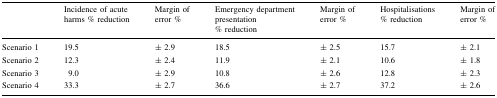
|  | Incidence of acute harms % reduction | Margin of error % | Emergency department presentation % reduction | Margin of error % | Hospitalisations % reduction | Margin of error % |
 | --- | --- | --- | --- | --- | --- | --- |
 | Scenario 1 | 19.5 | ± 2.9 | 18.5 | ± 2.5 | 15.7 | ± 2.1 |
 | Scenario 2 | 12.3 | ± 2.4 | 11.9 | ± 2.1 | 10.6 | ± 1.8 |
 | Scenario 3 | 9.0 | ± 2.9 | 10.8 | ± 2.6 | 12.8 | ± 2.3 |
 | Scenario 4 | 33.3 | ± 2.7 | 36.6 | ± 2.7 | 37.2 | ± 2.6 |